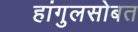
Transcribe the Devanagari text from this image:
हांगुलसोबत